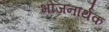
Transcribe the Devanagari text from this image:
भोजनार्थक